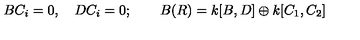
B C _ { i } = 0 , \quad D C _ { i } = 0 ; \qquad B ( R ) = k [ B , D ] \oplus k [ C _ { 1 } , C _ { 2 } ]